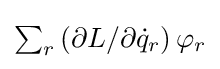
{\textstyle \sum _{r}\left(\partial L/\partial {\dot {q}}_{r}\right)\varphi _{r}}